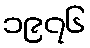
၁၉၇၆